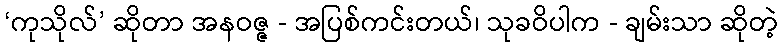
‘ကုသိုလ်’ ဆိုတာ အနဝဇ္ဇ - အပြစ်ကင်းတယ်၊ သုခဝိပါက - ချမ်းသာ ဆိုတဲ့